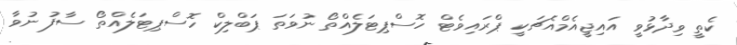
ކެތީ ވިދާޅުވީ އައިޖީއެމްއެޗަކީ ޕްރައިވެޓް ހޮސްޕިޓަލެއްތޯ ނުވަތަ ޕަބްލިކް ހޮސްޕިޓަލެއްތޯ ސާފު ނުވާ